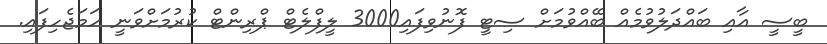
ބީސީ އާއި ބައްދަލުވުމެއް ބޭއްވުމަށް ސިޓީ ފޮނުވިފައި3000 ލީފްލެޓް ޕްރިންޓް ކުރުމަށްވަނީ ހަމަޖެހިފައި.